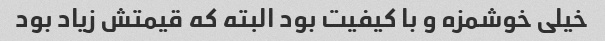
خیلی خوشمزه و با کیفیت بود البته که قیمتش زیاد بود